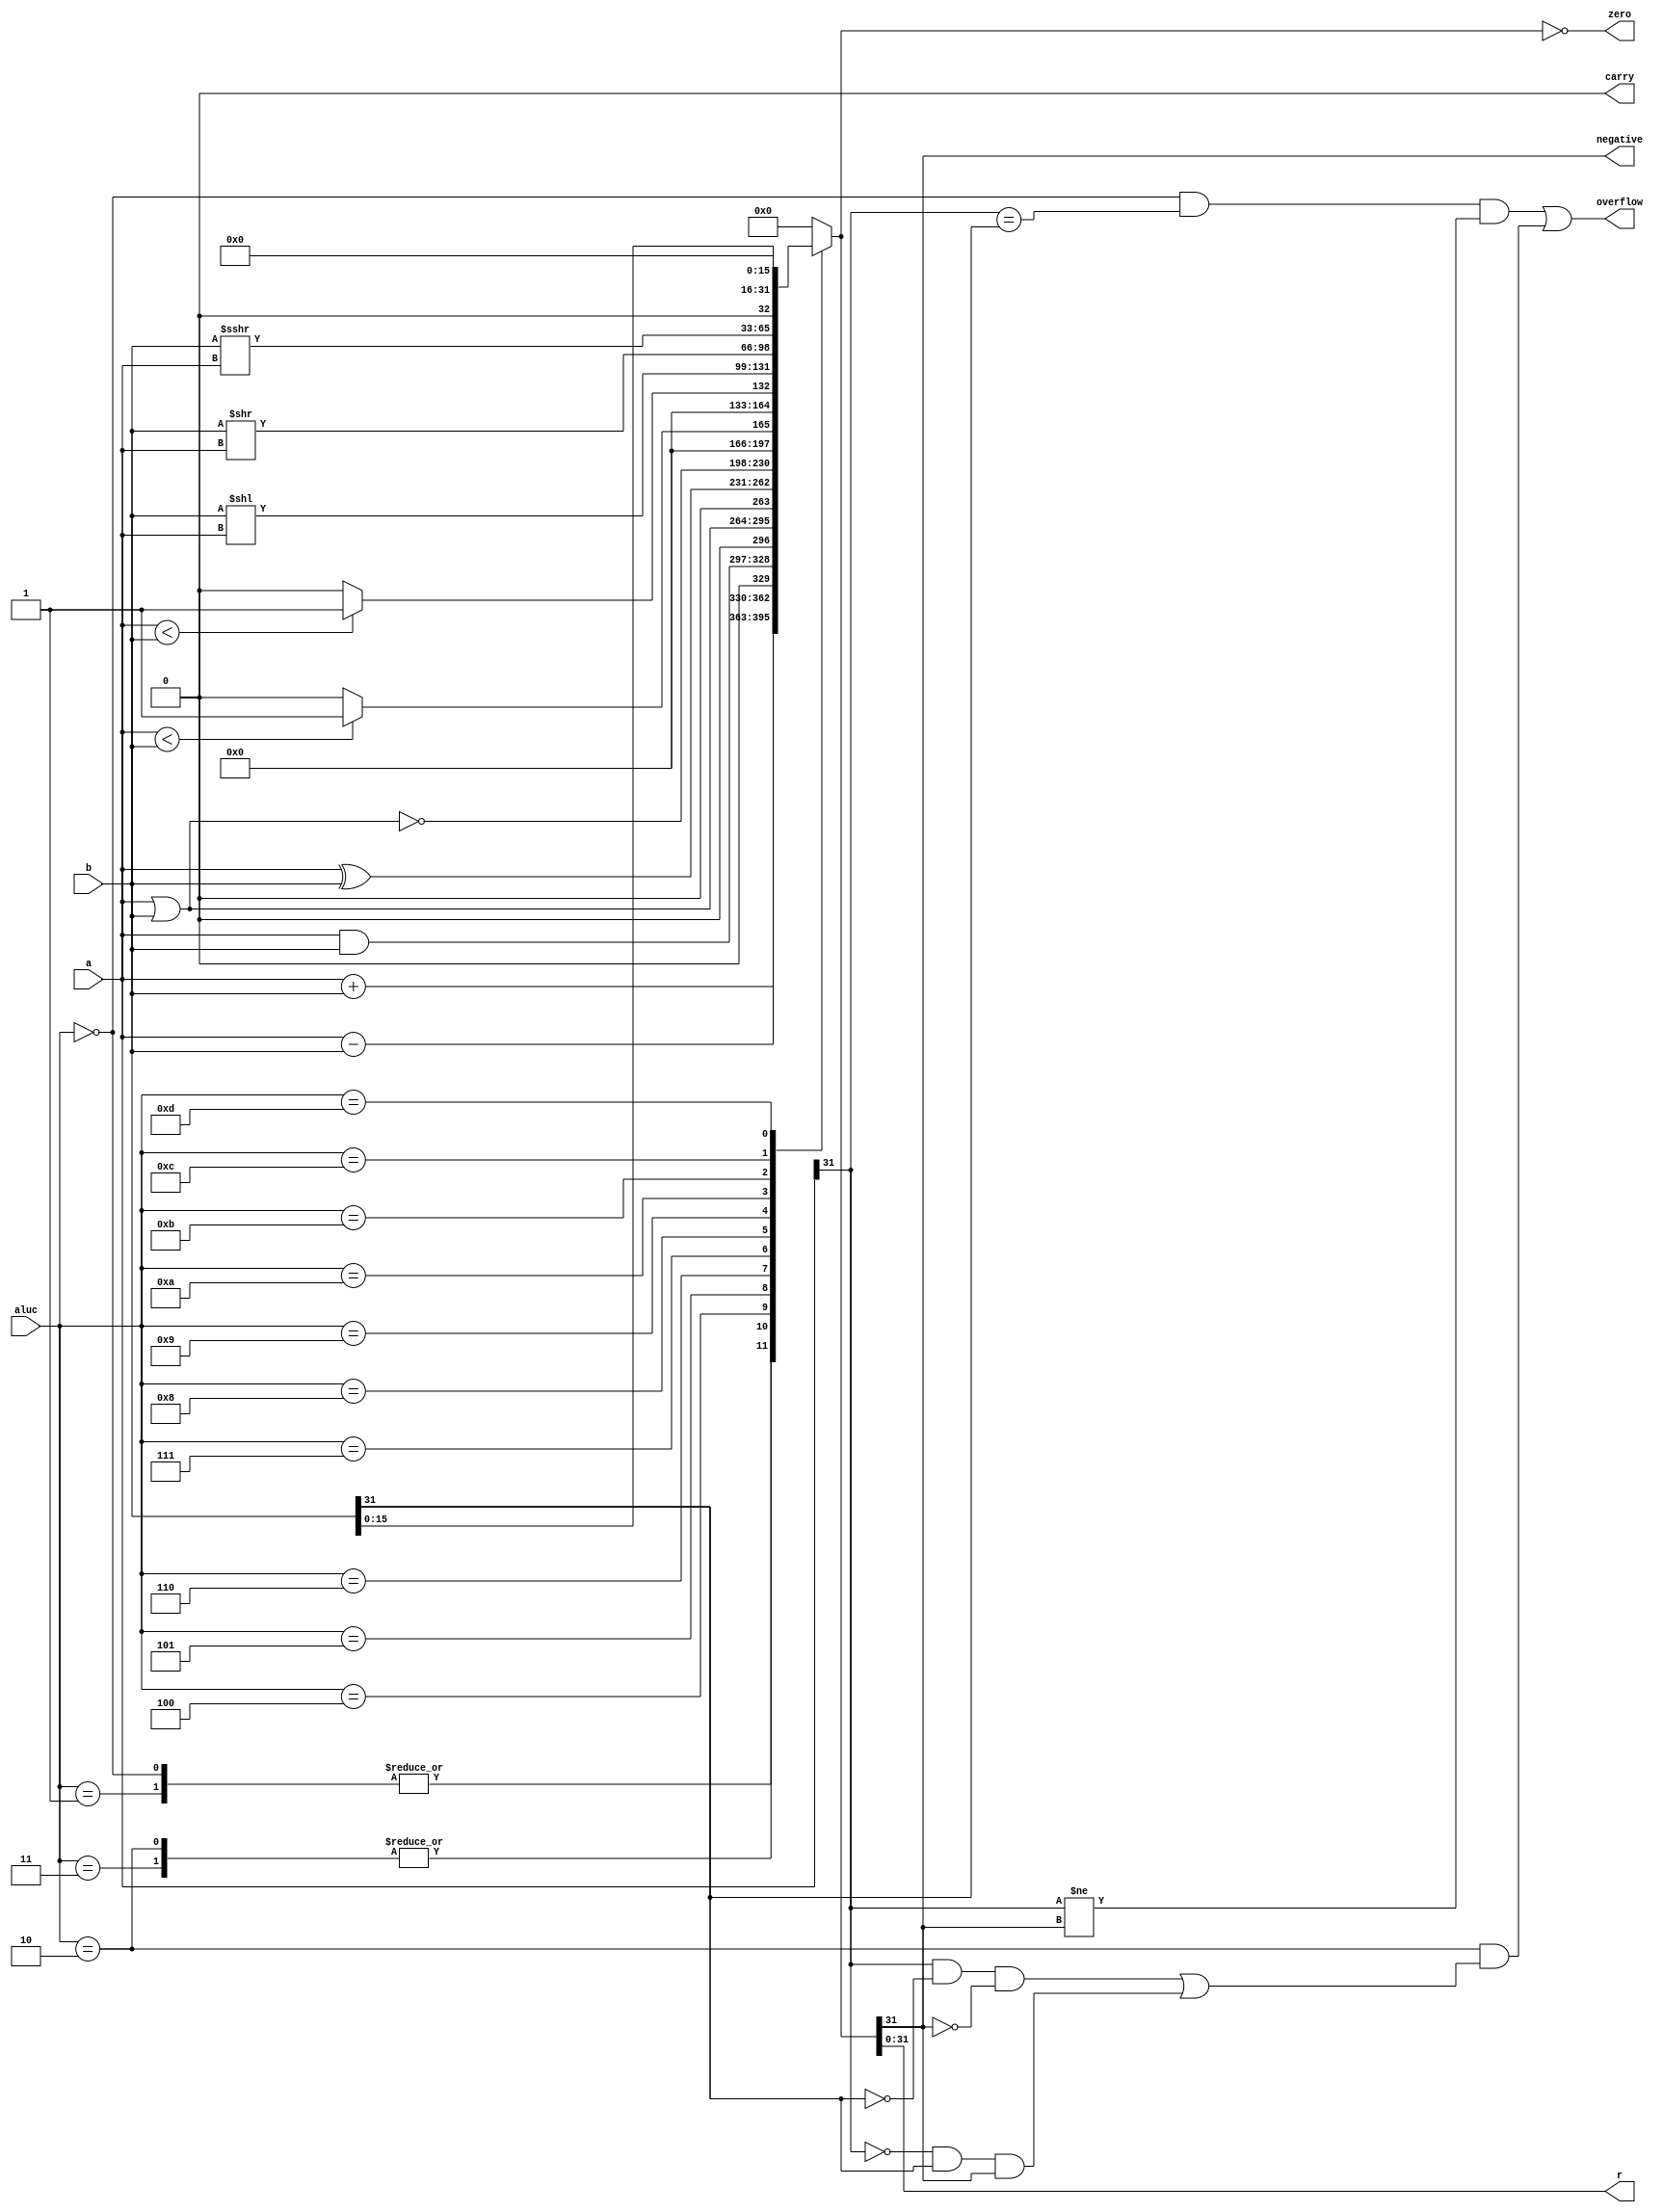
module alu (
    input [31:0] a,
    input [31:0] b,
    input [3:0] aluc,
    output [31:0] r,
    output zero,
    output carry,
    output negative,
    output overflow
);

localparam ADD=4'b0000; //also for addi
localparam ADDU=4'b0001; //also for addiu
localparam SUB=4'b0010;
localparam SUBU=4'b0011;
localparam AND=4'b0100; //also for andi
localparam OR=4'b0101; //also for ori
localparam XOR=4'b0110; //also for xori
localparam NOR=4'b0111;
localparam SLT=4'b1000; //also for slti
localparam SLTU=4'b1001; //also for sltiu
localparam SLL=4'b1010; // also for sllv
localparam SRL=4'b1011; // also for srlv
localparam SRA=4'b1100; //also for srav
localparam LUI=4'b1101;

reg [32:0] tmp;

always @(*)
    begin
        case(aluc)
        ADD:
          tmp<=a+b;
        
        ADDU:
          tmp<=a+b;
        
        SUB:
          tmp<=a-b;

        SUBU:
          tmp<=a-b;

        AND:
          tmp<=a&b;
        
        OR:
          tmp<=a|b;
        
        XOR:
          tmp<=a^b;

        NOR:
          tmp<=~(a|b);

        SLT:
          tmp<=$signed(a)<$signed(b)?1:0;

        SLTU:
          tmp<=a<b?1:0;

        SLL:
          tmp<=b<<a;

        SRL:
          tmp<=b>>a;
        
        SRA:
          tmp<=$signed(b)>>>a;

        LUI:
          tmp<={b[15:0],16'b0};
        
          
       default:
          tmp=0;
       endcase
    
    end
assign carry=0;
assign negative=tmp[31];
assign zero=(tmp==0);
assign r=tmp[31:0];
assign overflow=((aluc==ADD)&&(a[31]==b[31])&&(a[31]!=tmp[31]))||((aluc==SUB)&&((a[31]&&!b[31]&&!tmp[31])||(!a[31]&&b[31]&&tmp[31])));
endmodule //alu